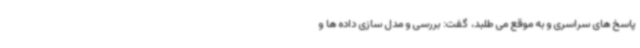
پاسخ های سراسری و به موقع می طلبد، گفت: بررسی و مدل سازی داده ها و